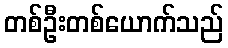
တစ်ဦးတစ်ယောက်သည်